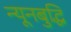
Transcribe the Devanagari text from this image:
न्यूनबुद्धि